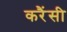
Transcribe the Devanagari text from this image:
करैंसी